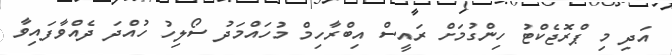
އަދި މި ޕްރޮޖެކްޓު ހިންގުމަށް ރައީސް އިބްރާހިމް މުހައްމަދު ސޯލިހު ހުއްދަ ދެއްވާފައިވާ